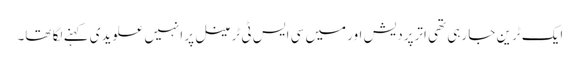
ایک ٹرین جا رہی تھی اترپردیش اور میں سی ایس ٹی ٹرمینل پر انہیں علویدی کہنے لگا تھا۔